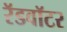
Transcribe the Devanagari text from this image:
रॅडवॉटर